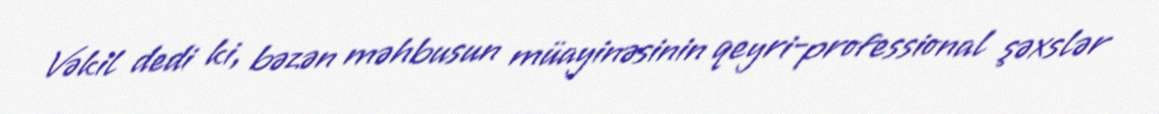
Vəkil dedi ki, bəzən məhbusun müayinəsinin qeyri-professional şəxslər